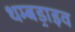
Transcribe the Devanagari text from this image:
थम्बड्राइव